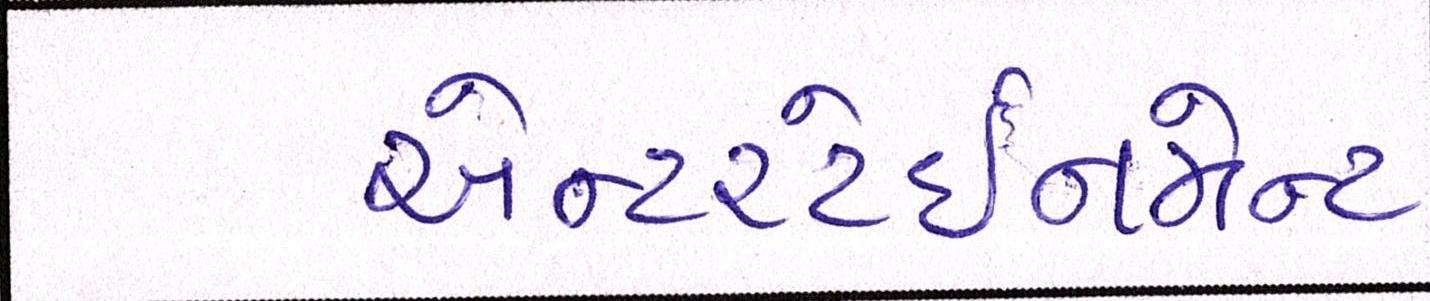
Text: એન્ટરટેઈનમેન્ટ